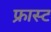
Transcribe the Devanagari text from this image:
फ्रास्ट